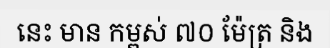
នេះ មាន កម្ពស់ ៧០ ម៉ែត្រ និង